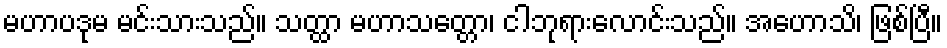
မဟာပဒုမ မင်းသားသည်။ သတ္ထာ မဟာသတ္တော၊ ငါဘုရားလောင်းသည်။ အဟောသိ၊ ဖြစ်ပြီ။